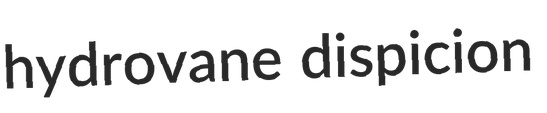
hydrovane dispicion